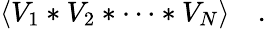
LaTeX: \langle V_{1}\ast V_{2}\ast\dots\ast V_{N}\rangle\quad.